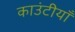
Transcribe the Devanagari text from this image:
काउंटीयाँ